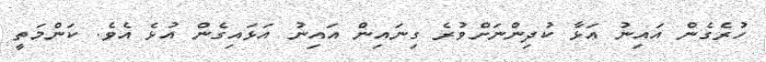
ހުރެގެން އައިނު އަޅާ ކުދިންނަށްވުރެ ގިނައިން އައިނު އަޅައިގެން އުޅެ އެވެ. ކަންމަތީ